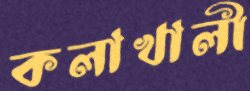
কলাখালী